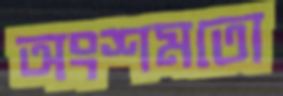
অংশমতো